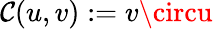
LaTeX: \mathcal{C}(u,v):=v\circu